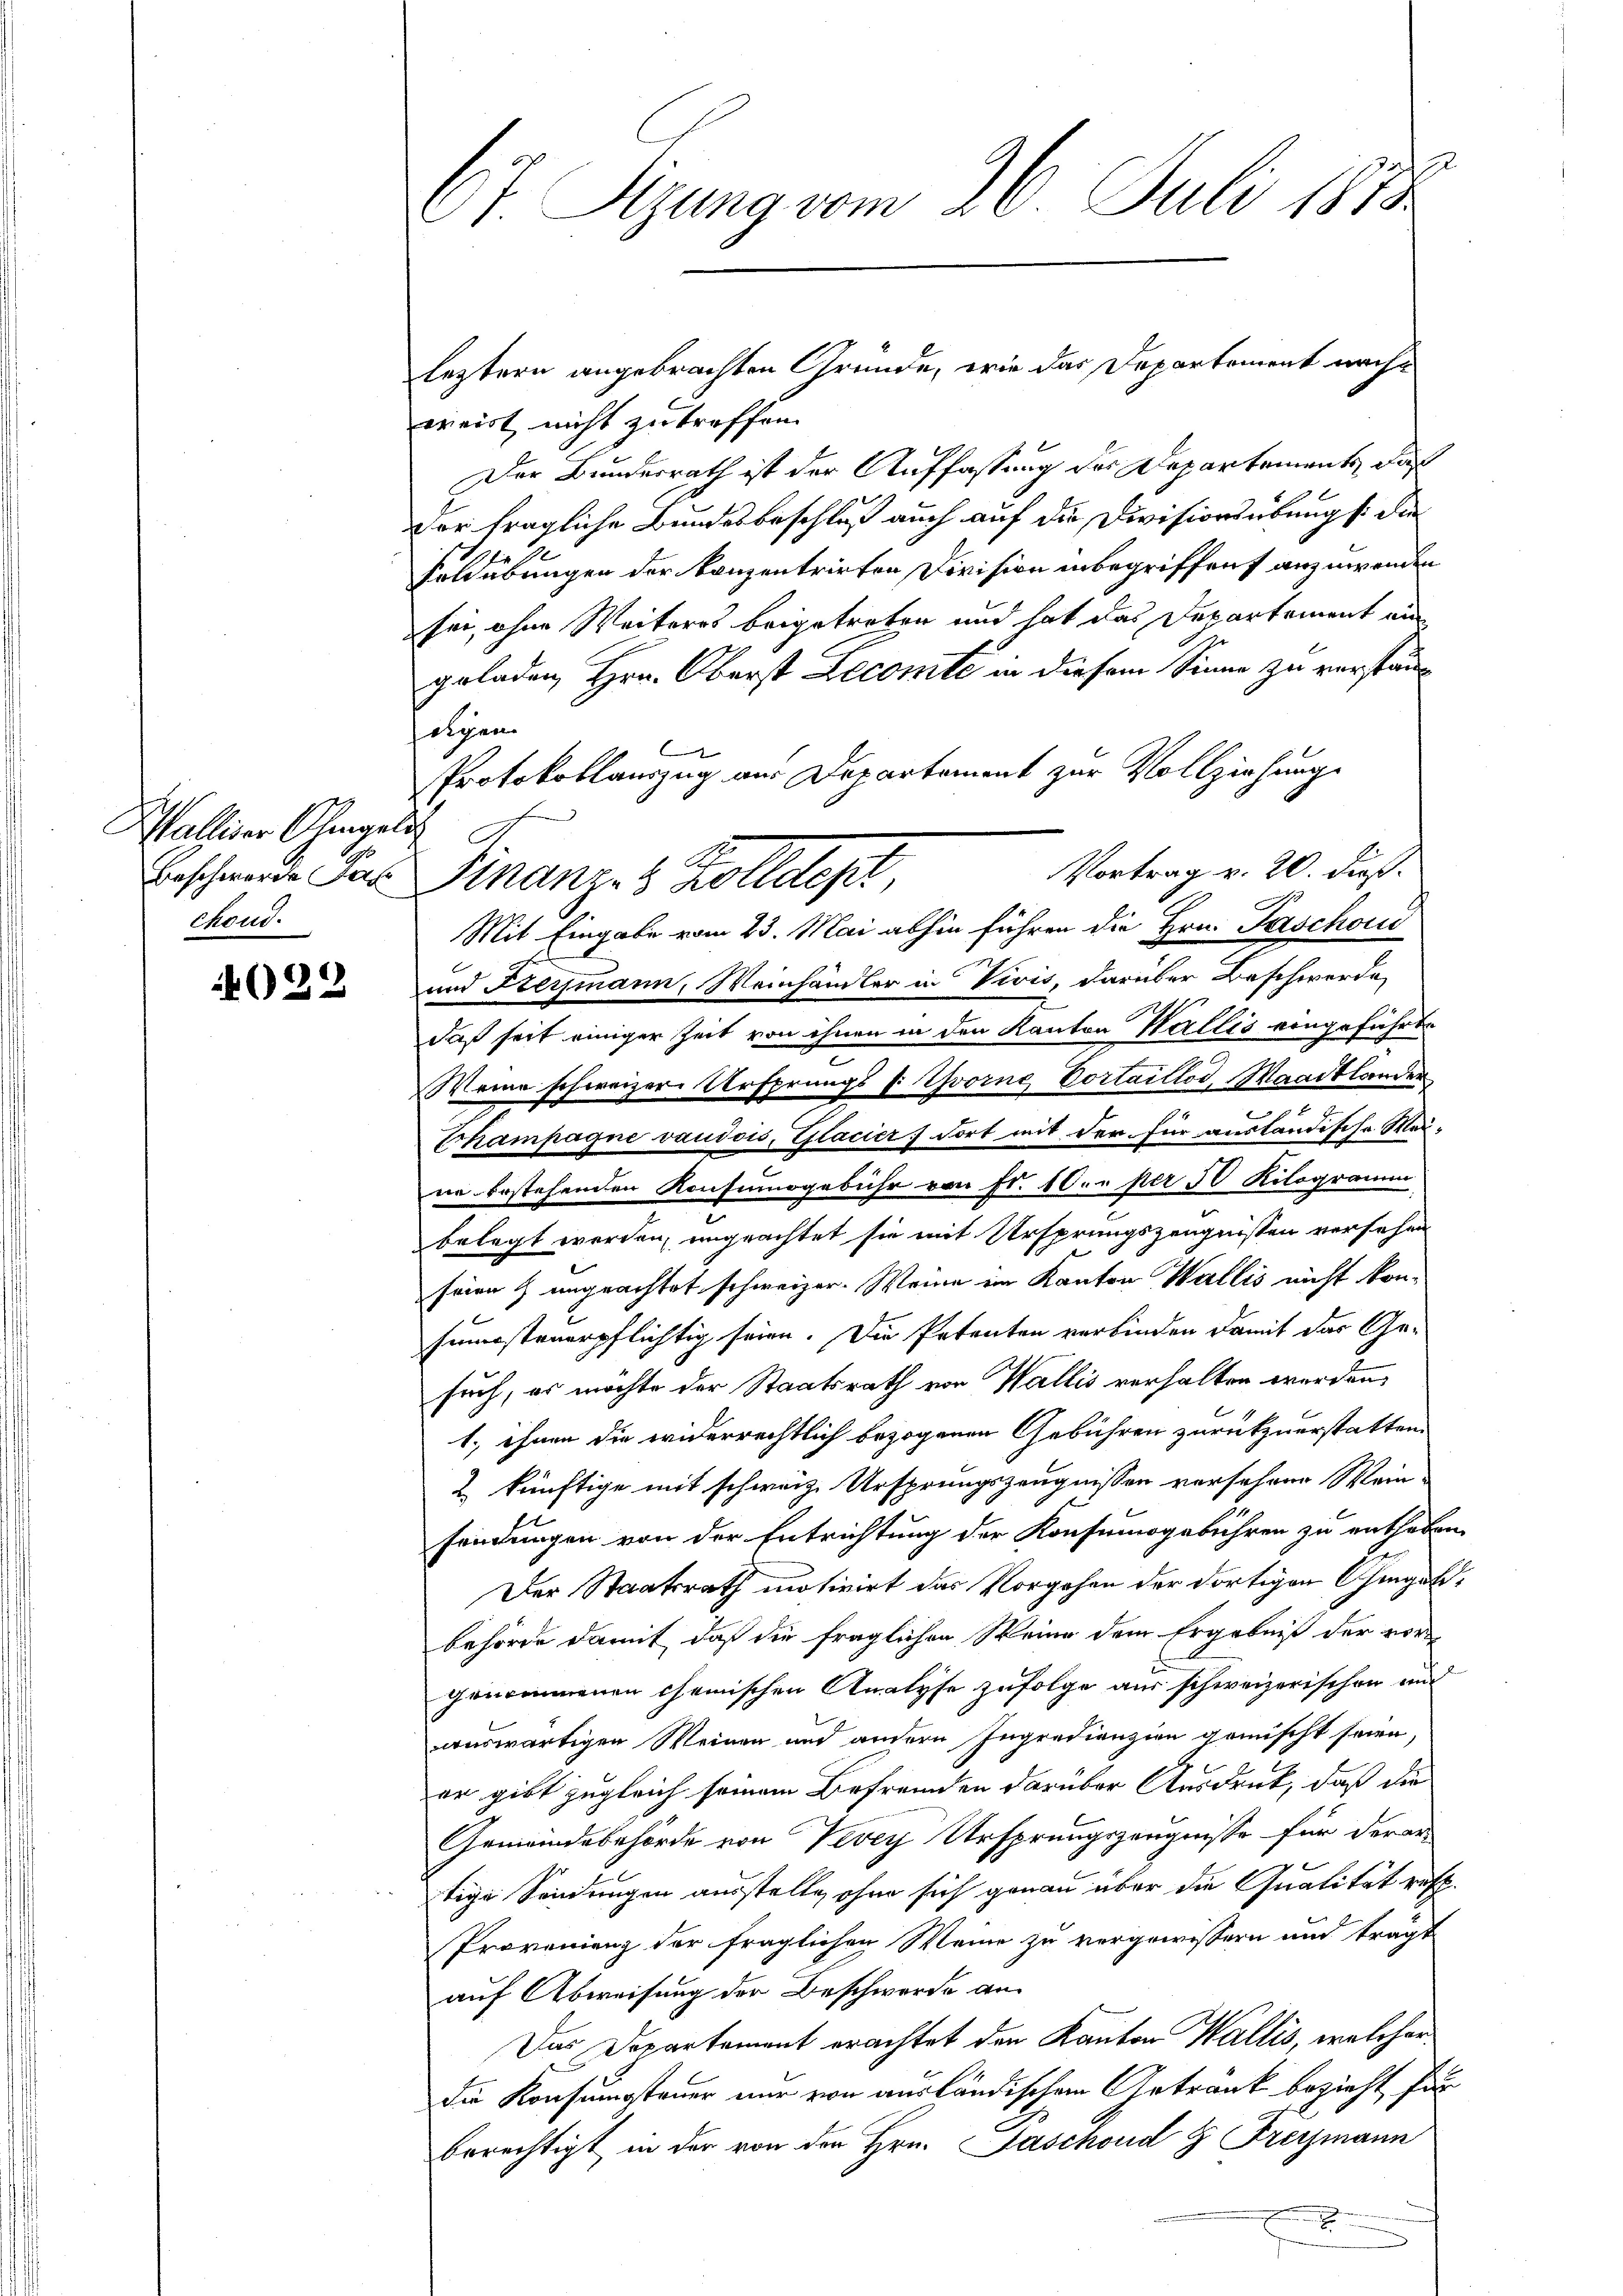
Walliser Chingen
Beschwerde Jah
chond.

622

0f Sizung vom 26. Juli 1873

weist nicht zu treffen.
Der Bundesrath ist der Auffassung des Departements, daß
or fragliche Bundesbeschluß auch auf die Divisionsübung s. die
Feldübungen der Kanzentrirten Division inbegriffen anzuwenden
sei, ohne Weiteres beigetreten und hat das Departement ein
geladen Hrn. Oberst Lecomte in diesem Sinne zu verstanseigen.
und Fersmann, Weinhändler in Vivis, darüber Beschwerde,
daß seit einiger Zeit von ihnen in den Kanton Wallis vongeführte
Weine schweizere Ursprungs [ Yvorne Vortaillos, Waadtlander
Echampagne vaudois, Glacier dort mit der für ausländische Weine bestehenden Konfumsgebühr von Fr. 100 per 50 Kilogramm
belegt werden, ungeachtet sie mit Ursprungszeugnissen versehen
seien & ungeachtet schweizer. Wenn ein Kanton Wallis nicht kon-
sumsteuerpflichtig seien. Die Petenten verbinden damit das Gesuch, es möchte der Staatsrath von Wallis verhalten werden,
1. ihnen die widerrechtlich bezogenen Gebühren zurückzuerstatten.
2 künftige mit schweiz. Ursprungszeugnissen versehene Mein-
findungen von der Entrichtung der Konsumogebühren zu enthaben.
Der Staatsrath motivirt das Vorgehen der dortigen Ohmgeldbehörde damit, daß die fraglichen Weine dem Ergebniß der vorgenommenen Chemischen Analyse zufolge aus schweizerischen und
auswärtigen Meinen und andern Ingradienzien gemischt seien,
er gibt zugleich seinem Befremden darüber Ausdruck, daß die
Gemeindebehörde von Vevey Ursprungszeugnisse für derar
tige Sendungen ausstelle, ohne sich genau über die Qualität rest
Provenienz der fraglichen Weine zu vergewissern und trägt
auf Abweisung der Beschwerde an
Das Departement erachtet den Kanton Wallis, welcher
die Konsumsteuer nur von ausländischen Getrank bezieht für
berechtigt in der von den Hrn. Paschond & Freymann

l
Protokollauszug aus Departement zur Vollziehung
t
Vortrag v. 20. Fuß.
Finanzes Zolldept,
Mit Eingabe vom 23. Mai abhin führen die Hrn. Paschon

leztern angebrachten Gründe, wie das Departement nach¬